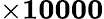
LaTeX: \mathbf{\times 10000}